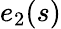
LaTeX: e_{2}(s)